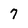
Character: 7